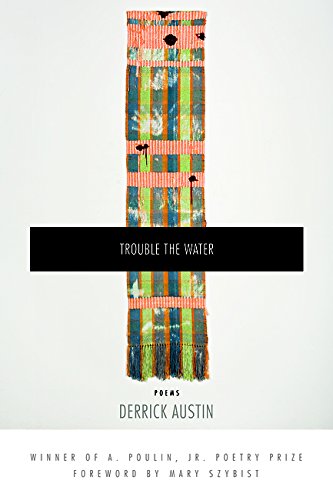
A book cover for Trouble the Water; Derrick Austin; Literature & Fiction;